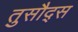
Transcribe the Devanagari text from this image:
तुसौद्स